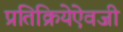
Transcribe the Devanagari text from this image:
प्रतिक्रियेऐवजी